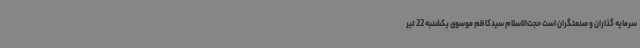
سرمایه گذاران و صنعتگران است حجت‌الاسلام سیدکاظم موسوی یکشنبه 22 تیر